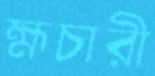
হ্মচারী